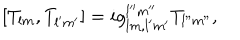
LaTeX: [ T _ { l m } , T _ { l ^ { \prime } m ^ { \prime } } ] = i g _ { l m , l ^ { \prime } m ^ { \prime } } ^ { l ^ { \prime \prime } m ^ { \prime \prime } } T _ { l " m " } ,